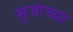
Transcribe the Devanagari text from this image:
भुजांच्या